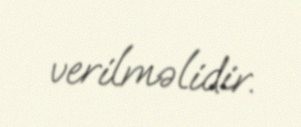
verilməlidir.